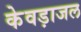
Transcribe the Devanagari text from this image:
केवड़ाजल